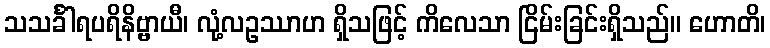
သသင်္ခါရပရိနိဗ္ဗာယီ၊ လုံ့လဥဿာဟ ရှိသဖြင့် ကိလေသာ ငြိမ်းခြင်းရှိသည်။ ဟောတိ၊